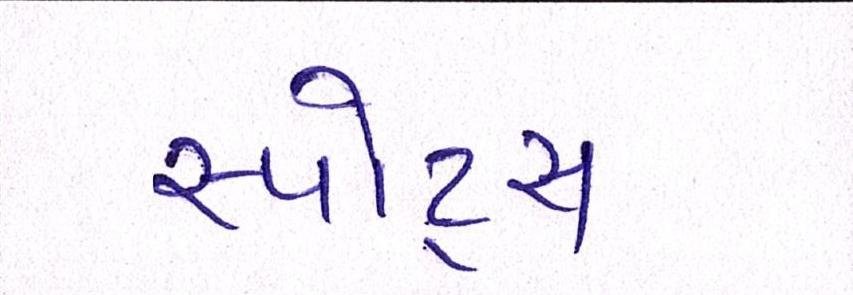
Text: સ્પોર્ટ્સ